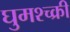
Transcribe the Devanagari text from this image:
घुमश्च्क्री